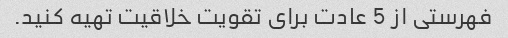
فهرستی از 5 عادت برای تقویت خلاقیت تهیه کنید.